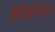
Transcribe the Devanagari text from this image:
क्लोझापाईन